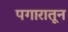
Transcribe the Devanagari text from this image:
पगारातून